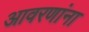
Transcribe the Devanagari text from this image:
आवरणांना